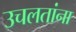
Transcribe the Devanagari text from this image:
उचलतांना